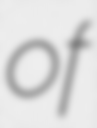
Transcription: of